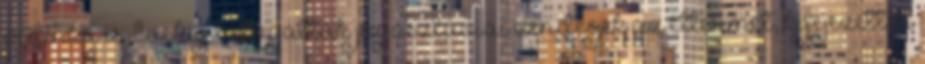
pálinka is. Évekig látogatták jugoszláviai vendégek az éttermet, kifejezetten